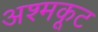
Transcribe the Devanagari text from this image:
अश्मकूट